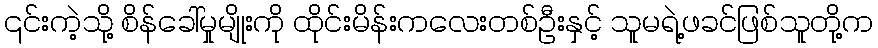
၎င်းကဲ့သို့ စိန်ခေါ်မှုမျိုးကို ထိုင်းမိန်းကလေးတစ်ဦးနှင့် သူမရဲ့ဖခင်ဖြစ်သူတို့က